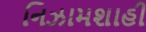
નિઝામશાહી